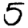
Digit: 5